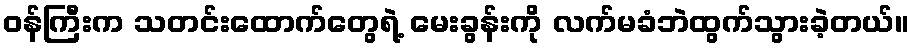
ဝန်ကြီးက သတင်းထောက်တွေရဲ့ မေးခွန်းကို လက်မခံဘဲထွက်သွားခဲ့တယ်။